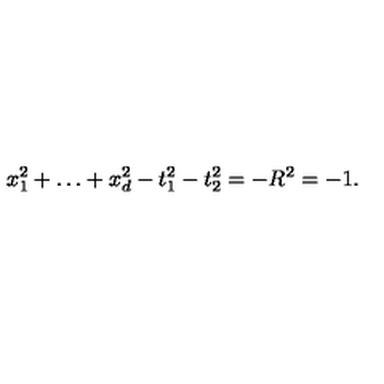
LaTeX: x _ { 1 } ^ { 2 } + \ldots + x _ { d } ^ { 2 } - t _ { 1 } ^ { 2 } - t _ { 2 } ^ { 2 } = - R ^ { 2 } = - 1 .